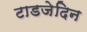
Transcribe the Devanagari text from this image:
टाडजेदिन